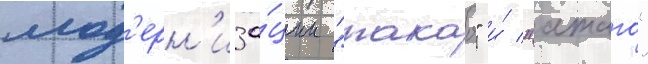
мод'ерн'иза́ции "такао" и́ "атаго"